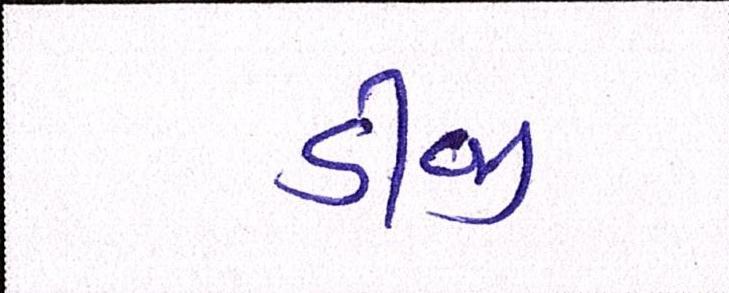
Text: ડીજી